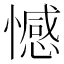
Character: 憾